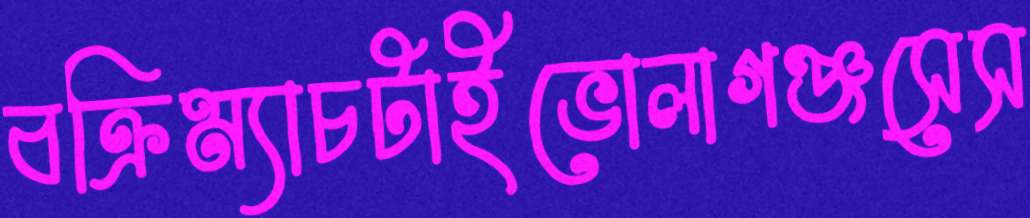
বক্রিম্যাচটাইভোলাগঞ্জসেস